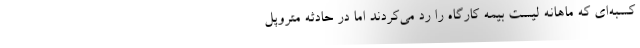
کسبه‌ای که ماهانه لیست بیمه کارگاه را رد می‌کردند اما در حادثه متروپل